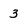
Character: 3